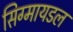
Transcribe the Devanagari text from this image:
सिग्मायडल